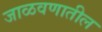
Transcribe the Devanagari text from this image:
जाळवणातील